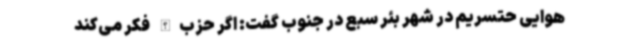
هوایی حتسریم در شهر بئر سبع در جنوب گفت: اگر حزب‌الله فکر می‌کند